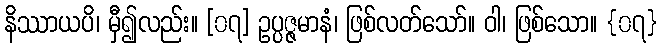
နိဿာယပိ၊ မှီ၍လည်း။ [၀၇] ဥပ္ပဇ္ဇမာနံ၊ ဖြစ်လတ်သော်။ ဝါ၊ ဖြစ်သော။ {၀၇}